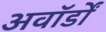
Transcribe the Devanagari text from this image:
अवॉर्डों